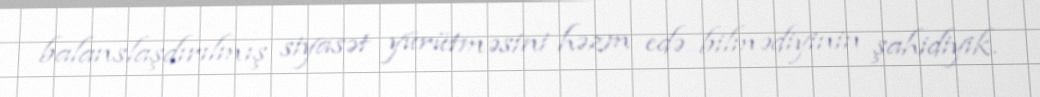
balanslaşdırılmış siyasət yürütməsini həzm edə bilmədiyinin şahidiyik.